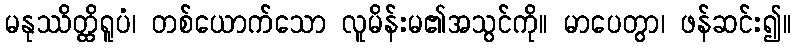
မနုဿိတ္ထိရူပံ၊ တစ်ယောက်သော လူမိန်းမ၏အသွင်ကို။ မာပေတွာ၊ ဖန်ဆင်း၍။